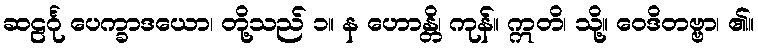
ဆဠင်္ဂု ပေက္ခာဒယော၊ တို့သည် ၁။ န ဟောန္တိ၊ ကုန်။ ဣတိ၊ သို့။ ဝေဒိတဗ္ဗာ၊ ၏။